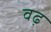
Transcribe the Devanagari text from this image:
वढ़